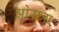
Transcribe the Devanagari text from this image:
ओसत्रा